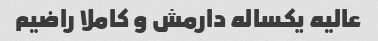
عالیه یکساله دارمش و کاملا راضیم